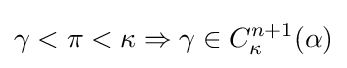
\gamma <\pi <\kappa \Rightarrow \gamma \in C_{\kappa }^{n+1}(\alpha )